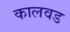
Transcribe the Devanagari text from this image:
कालवड